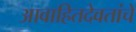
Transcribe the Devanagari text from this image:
आवाहितदेवतांचें